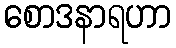
စောဒနာရဟာ